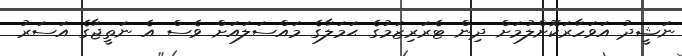
ނަޝީދު އަވަހާރަކޮށްލުމަށް ދިން ޓެރަރިޒަމުގެ ޙަމަލާގެ މައްސަލައަށް ވެސް އެ ނަތީޖާގެ އަސަރު